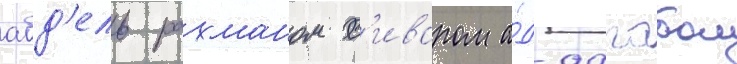
абд'ель рахманом с'иваром а́д-дагабом